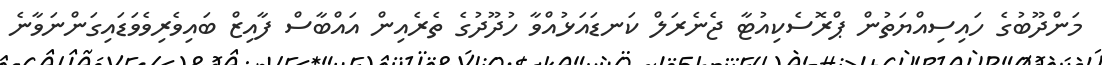
މަންދޫބުގެ ހައިސިއްޔަތުން ޕްރޮސެކިއުޓާ ޖެނެރަލް ކަނޑައަޅުއްވާ ހުދޫދުގެ ތެރެއިން އައްބާސް ފާއިޒް ބައިވެރިވެވަޑައިގަންނަވާނެ